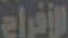
الأفراح